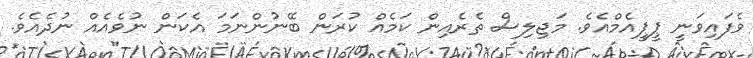
ވެފައިވަނީ ޕީޕީއެމްއެވެ. މަޖިލިސް ތެރެއިން ކަމެއް ކުރަން ބޭނުންނަމަ އެކަން ނުވެއެއް ނުދެއެވެ.